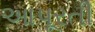
આપૂરતી